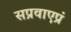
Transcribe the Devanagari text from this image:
सप्रवाएप्रं